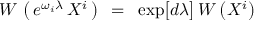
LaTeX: W \, \left( \, e ^ { \omega _ { i } \lambda } \, X ^ { i } \, \right) ~ = ~ \exp \bigl [ d \lambda \bigr ] \, W \left( X ^ { i } \right)